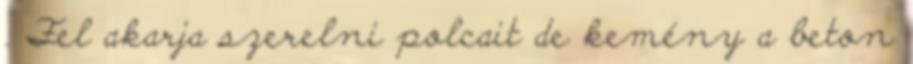
. Fel akarja szerelni polcait de kemény a beton